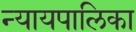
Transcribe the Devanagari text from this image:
न्‍यायपालिका